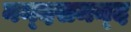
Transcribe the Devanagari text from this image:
नन्‍दसमन्‍द